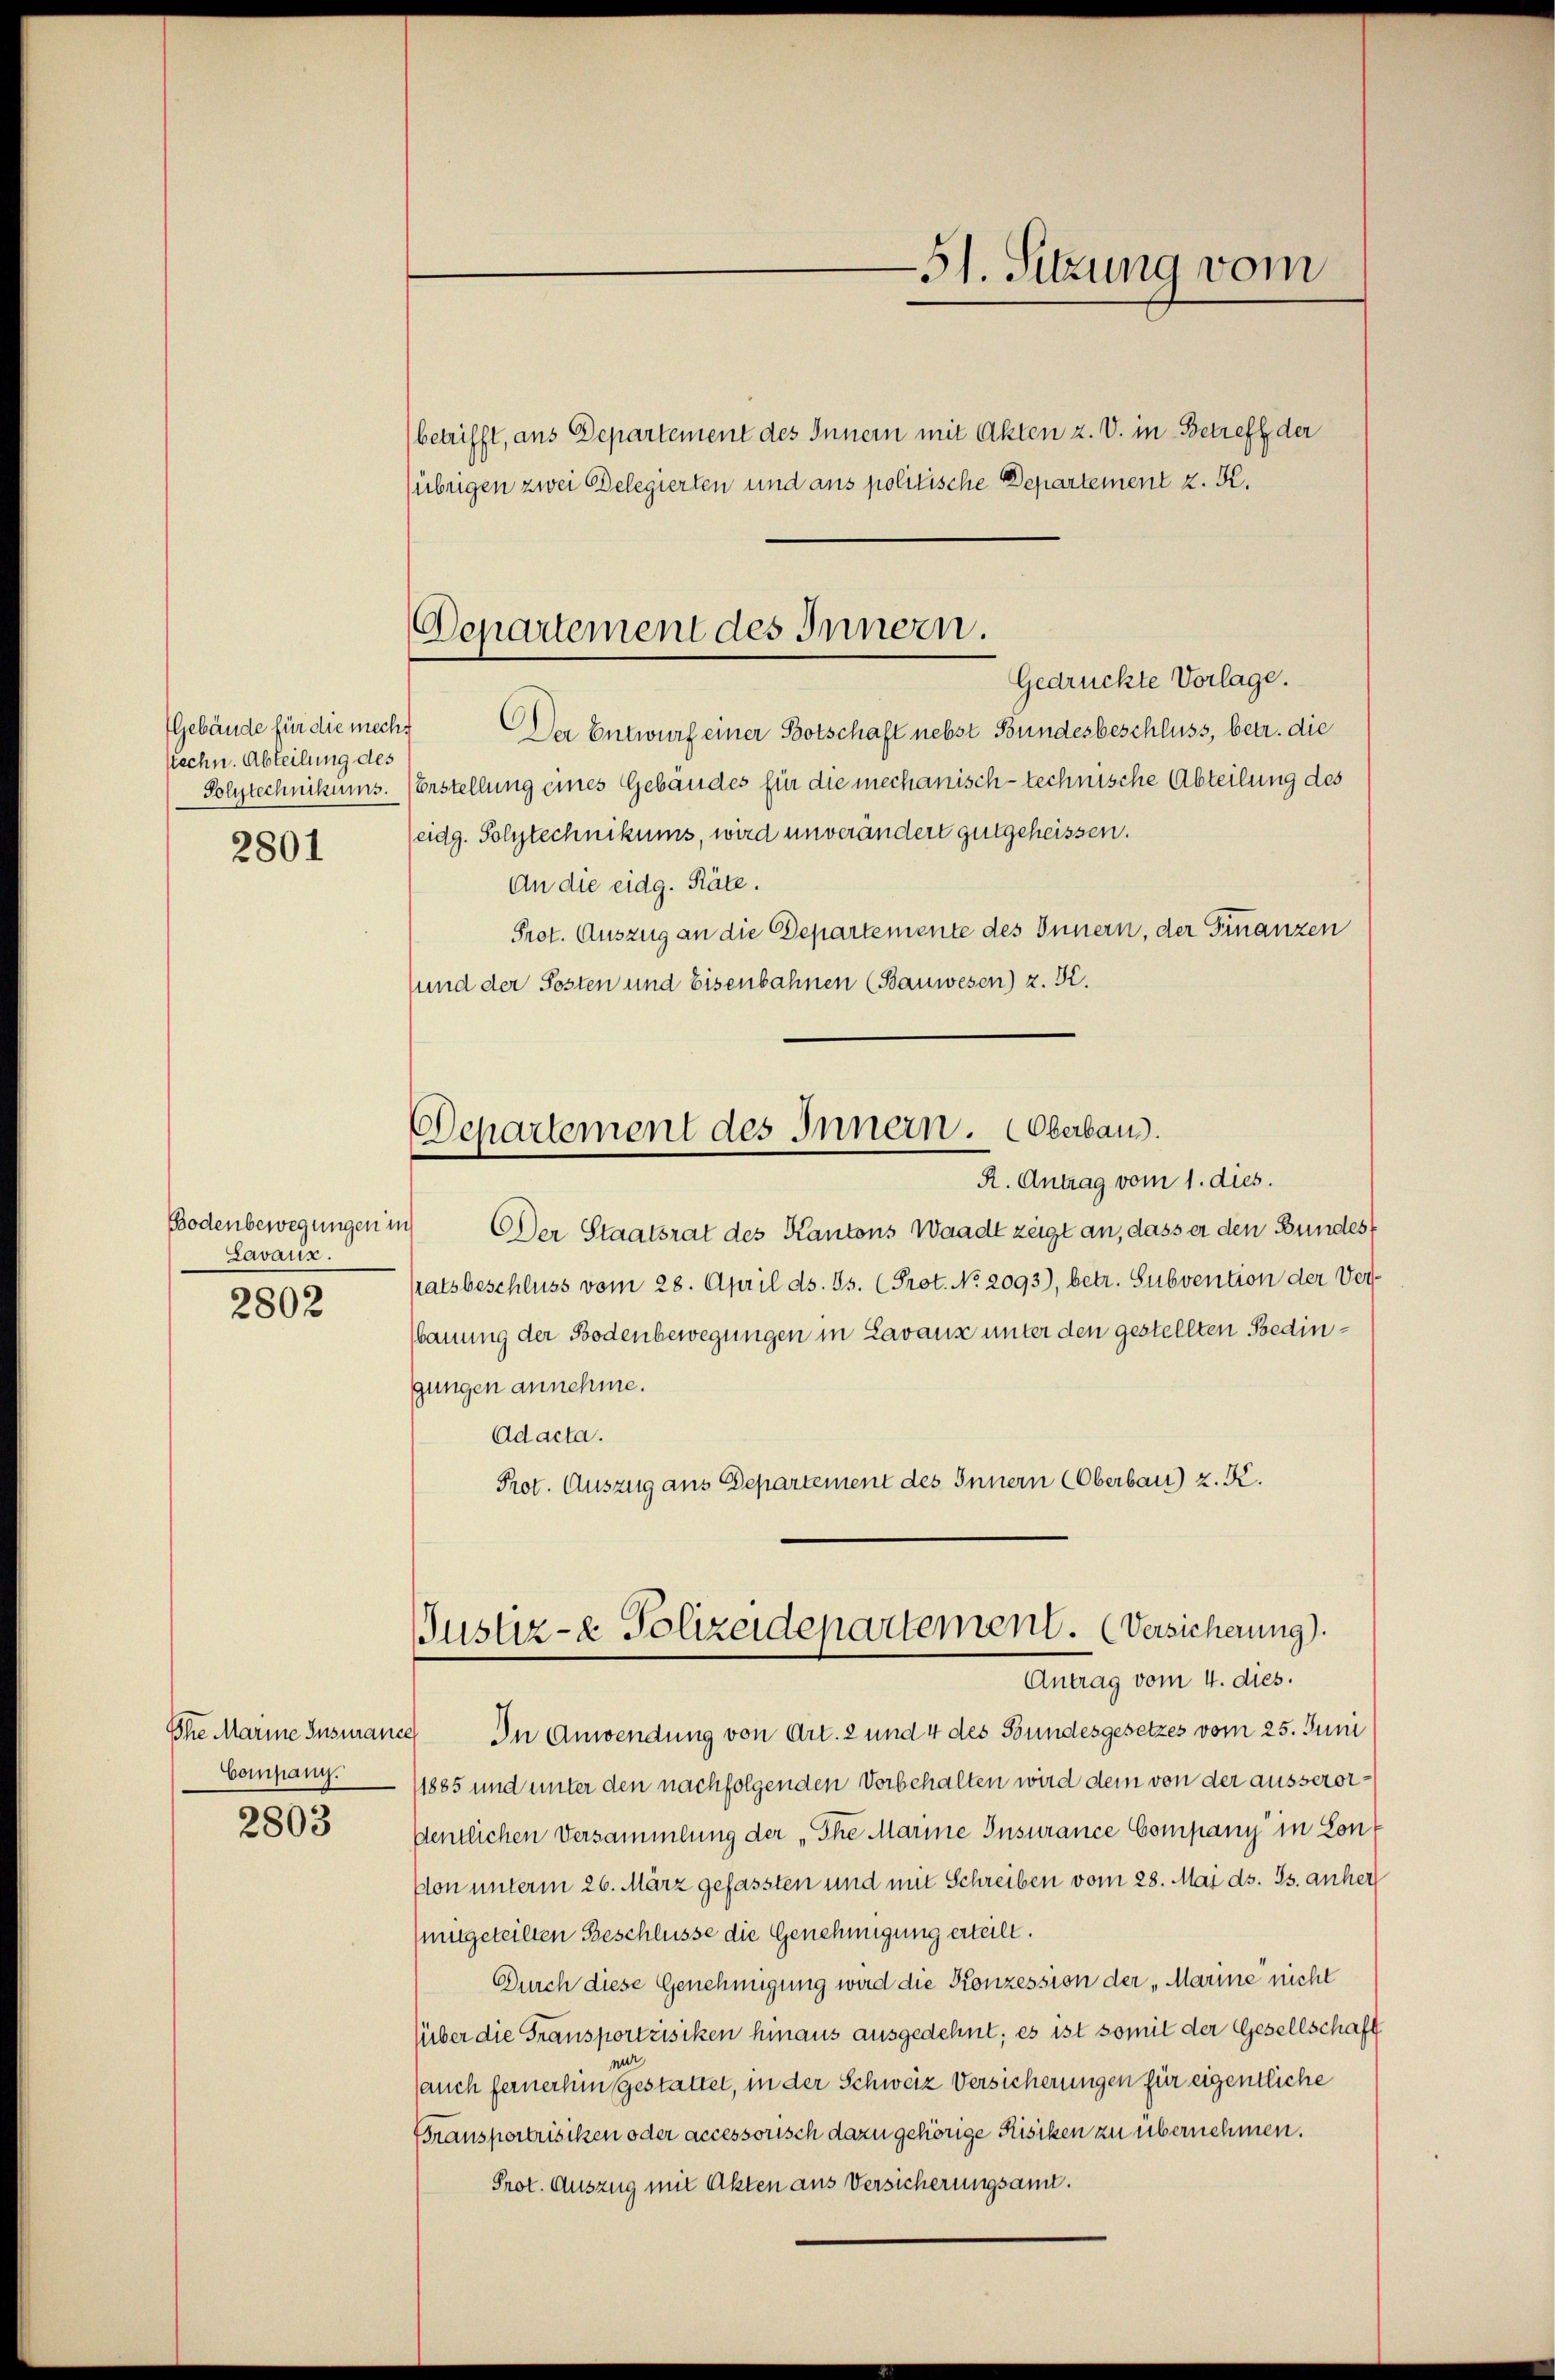
(Gebäude für die mecht
stechn. Abteilung des
Solstechnikums.
2801

Bodenbewegungen in
Lavarix.
2802

Company.

2803

(übrigen zwei Belegierten und aus politische Departement z. K.
Der Entwurf einer Botschaft nebst Bundesbeschluss, betr. die
Erstellung eines Gebäudes für die mechanisch-technische Abteilung des
eidg. Polytechnikums, wird unverändert gutgeheissen.
An die eidg. Räte.
Prot. Auszug an die Departemente des Innern, der Finanzen
und der Posten und Eisenbahnen (Bauwesen) z. Kr.

-St. Sitzung vom

betrifft, aus Departement des Innern mit Akten z. V. in Betreff der

Departement des Innern.
Gedrückte Vorlage.

Departement des Innern. Oberbau

R. Antrag vom 1. dies.
DDer Staatsrat des Kantons Waadt zeigt an, dass er den Bundes
patsbeschluss vom 28. April ds. Gs. (Prot. No. 2093), betr. Subvention der Verbauung der Bodenbewegungen in Lavanz unter den gestellten Bedingungen annehme.
Ad acta.
Prot. Auszug aus Departement des Innern Oberbau) z. K.

Justiz- & Polizeidepartement. (Versicherung).
Antrag vom 4. dies.

Ihre Marine Instance. In Anwendung von Art. 2 und 4 des Bundesgesetzes vom 25. Juni
(1885 und unter den nachfolgenden Vorbehalten wird dem von der ausserordemtlichen Versammlung der „The Marine Insurance Company in Sondon unterm 26. März gefassten und mit Schreiben vom 28. Mai d. Js. anher
mitgeteilten Beschlüsse die Genehmigung erteilt.
Durch diese Genehmigung wird die Konzession der „Marine nicht
über die Transportisiken hinaus ausgedehnt; es ist somit der Gesellschaft
mi
auch fernerhin gestattet, in der Schweiz Versicherungen für eigentliche
Transportrisiken oder accessorisch dazu gehörige Risiken zu übernehmen.
Prot. Auszug mit Akten aus Versicherungsant.